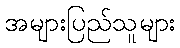
အများပြည်သူများ